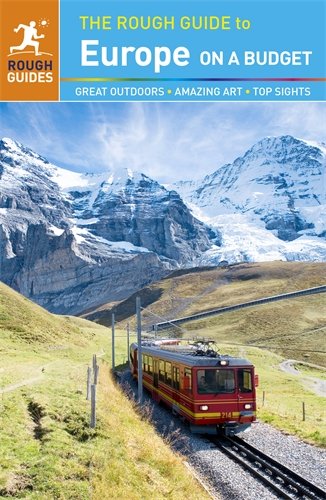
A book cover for The Rough Guide to Europe on a Budget; Rough Guides; Travel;